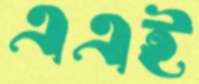
এএই